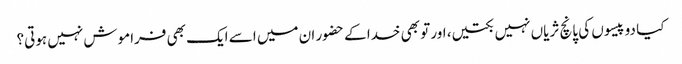
کیا دو پیسوں کی پانچ ثریاں نہیں بکتیں، اور تو بھی خدا کے حضور ان میں اسے ایک بھی فراموش نہیں ہوتی؟